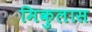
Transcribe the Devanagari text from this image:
मिकुलास